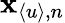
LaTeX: \mathbf{x}_{\langle u\rangle,n}